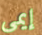
إيمى